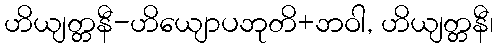
ဟိယျတ္တနီ-ဟိယျောပဘုတိ+ဘဝါ, ဟိယျတ္တနီ၊